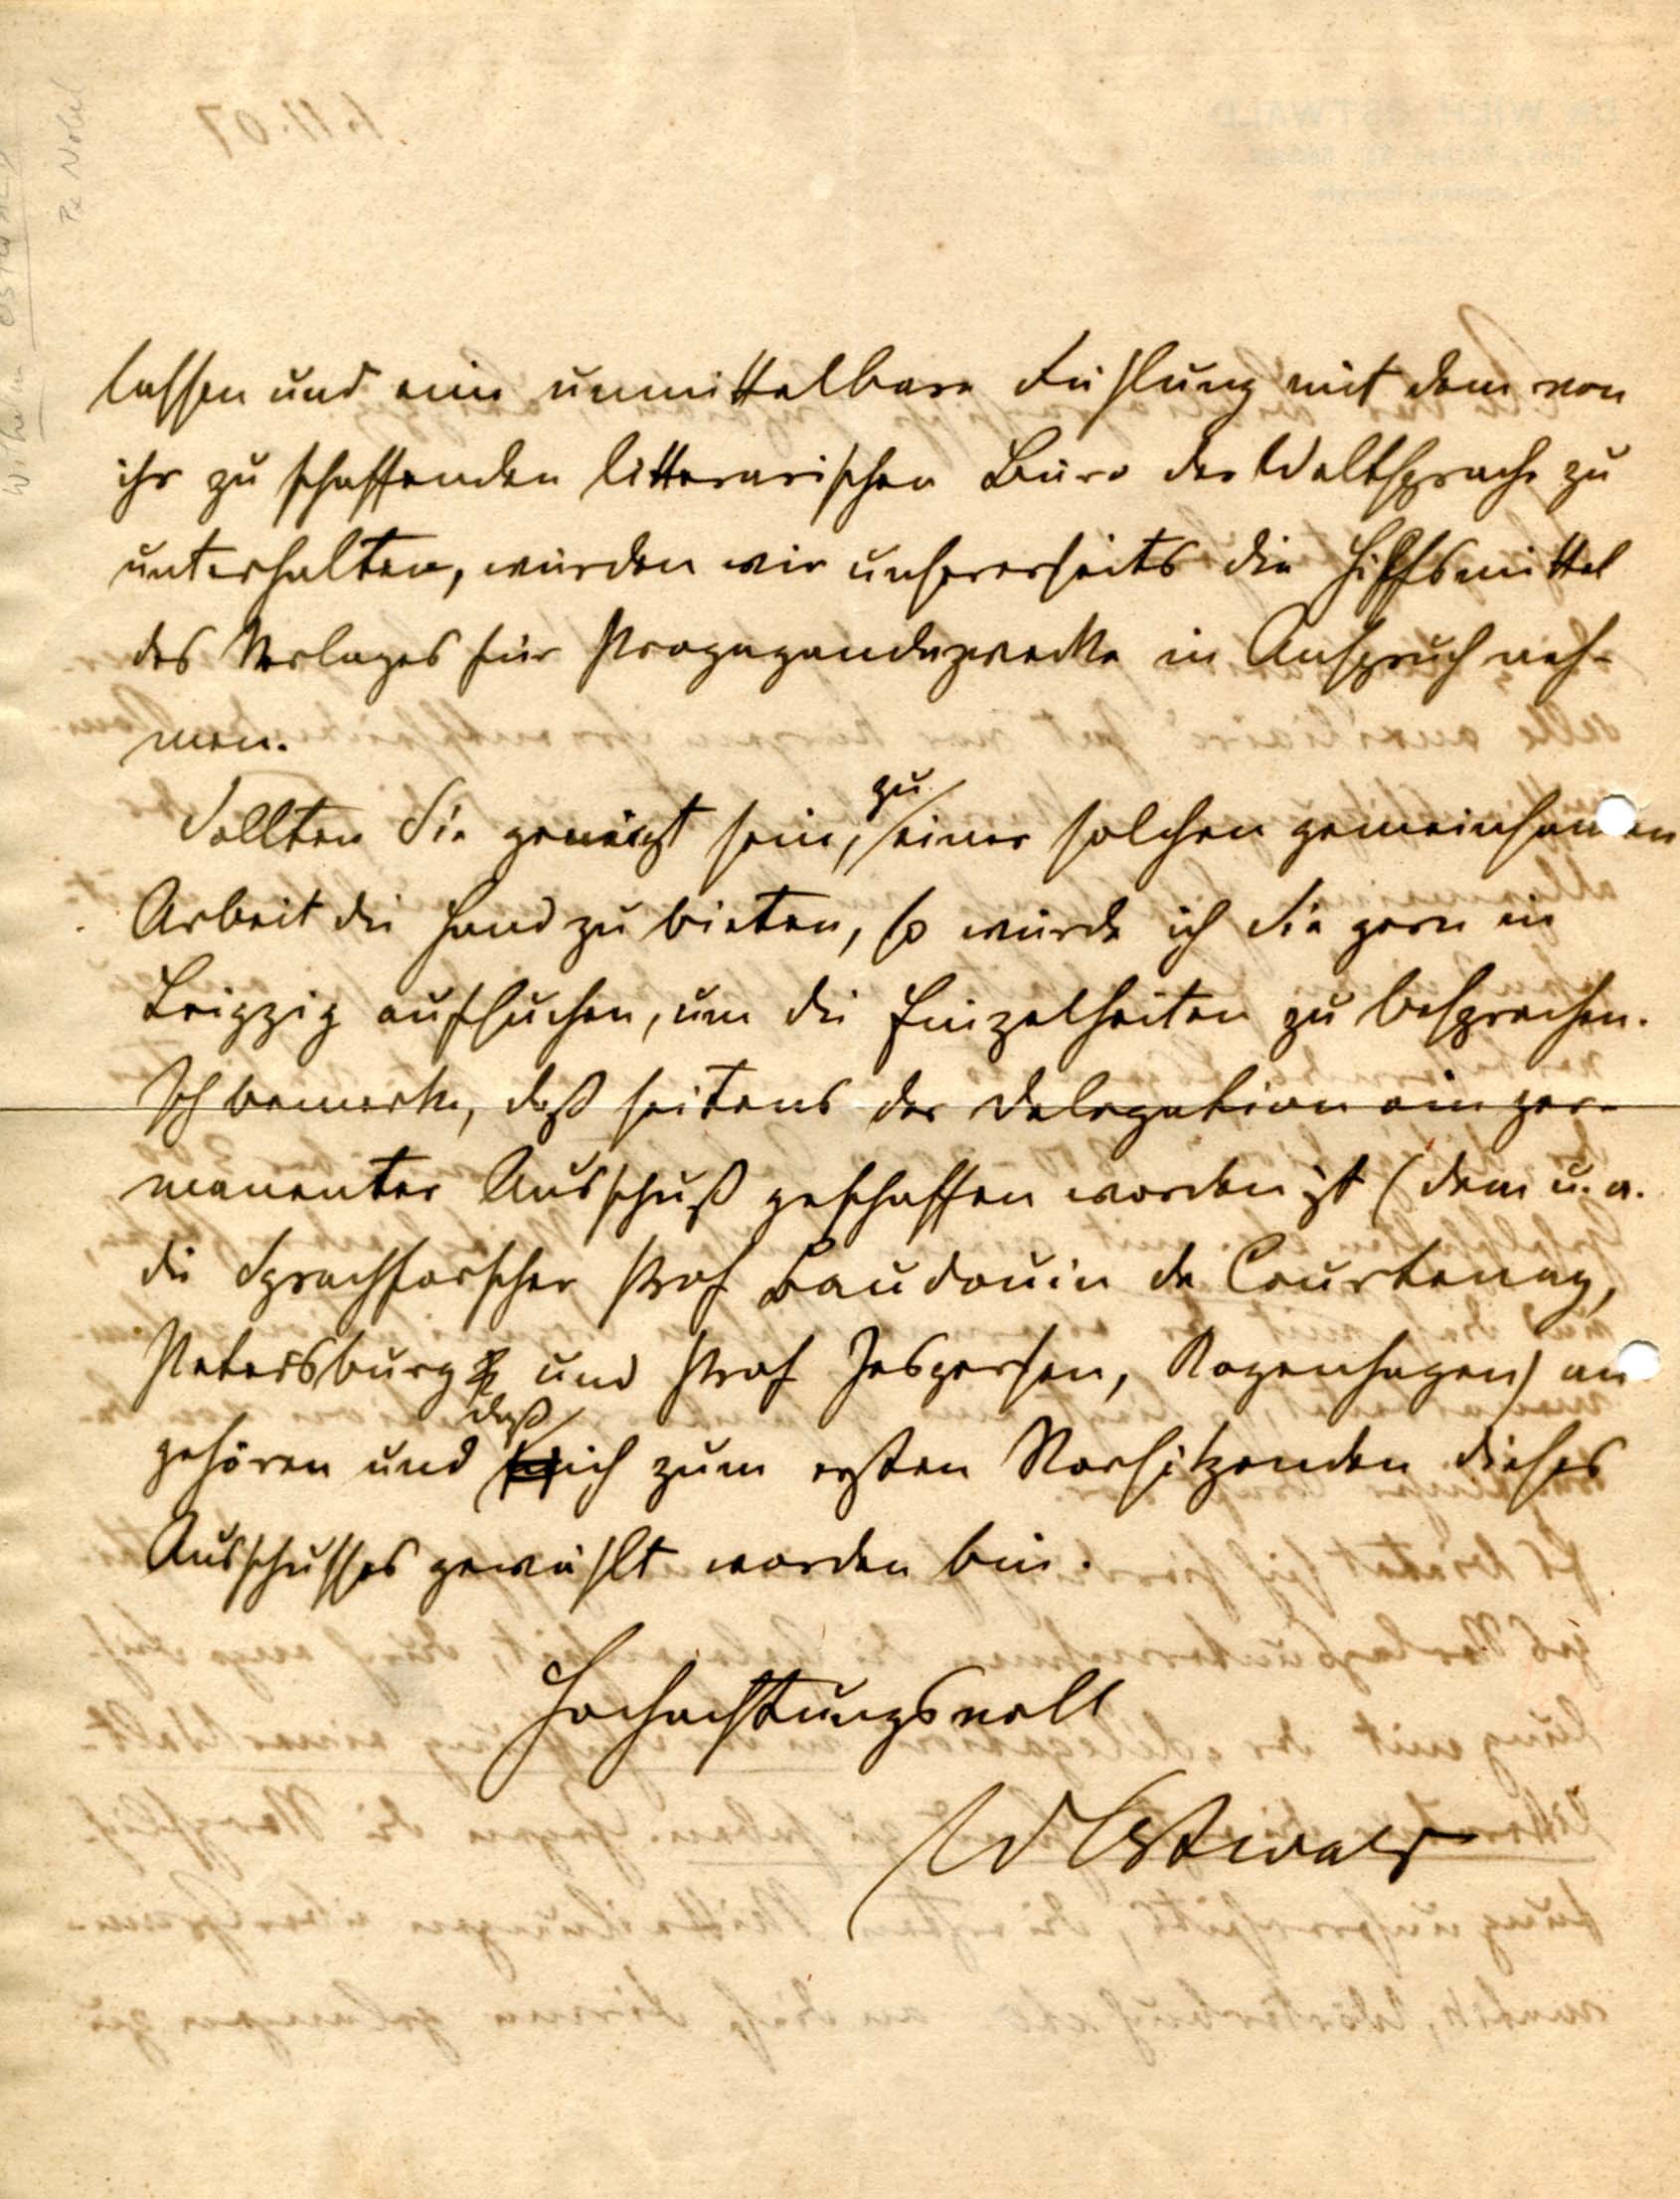
lassen und eine unmittelbare Fühlung mit dem von
ihr zu schaffenden litterarischen Büro der Weltsprache zu
unterhalten, würden wir unsererseits die Hilfsmittel
des Verlags für Propagandazwecke in Anspruch neh¬
men.
Sollten Sie geneigt sein, zu einer solchen gemeinsamen
Arbeit die Hand zu bieten, so würde ich Sie gerne in
Leipzig aufsuchen, um die Einzelheiten zu besprechen.
Ich bemerke, daß seitens der delegation ein per¬
manenter Ausschuß geschaffen worden ist (dem u. a.
die Sprachforscher Prof Baudouin de Courtenay,
Petersburg und Prof Jespersen, Kopenhagen) an¬
gehören und daß ich zum ersten Vorsitzenden dieses
Ausschusses gewählt worden bin.
Hochachtungsvoll
W Ostwald